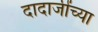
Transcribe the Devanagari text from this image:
दादाजींच्या